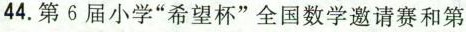
44.第6届小学希望杯”全国数学邀请赛和第